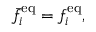
\bar { f } _ { i } ^ { \mathrm { e q } } = f _ { i } ^ { \mathrm { e q } } ,